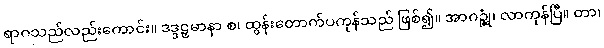
ရာဂသည်လည်းကောင်း။ ဒဒ္ဒဠှမာနာ စ၊ ထွန်းတောက်ပကုန်သည် ဖြစ်၍။ အာဂဉ္ဆုံ၊ လာကုန်ပြီ။ တာ၊